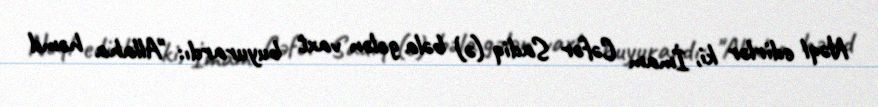
Nəql edirlər ki, İmam Cəfər Sadiq (ə) bəla gələn vaxt buyurardı: "Allaha həmd